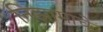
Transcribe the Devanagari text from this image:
निझामाचे